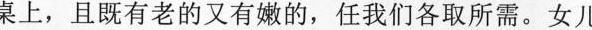
桌上，且既有老的又有嫩的?任我们各取所需。女儿